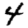
Digit: 4